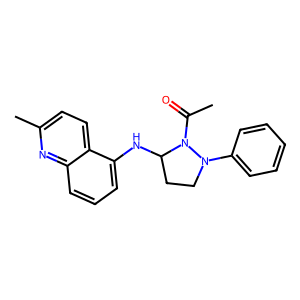
SMILES: CC(=O)N1C(Nc2cccc3nc(C)ccc23)CCN1c1ccccc1
Inhibits HIV replication: No